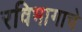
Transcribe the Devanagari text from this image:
रविभागाचे